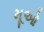
મૂઓ